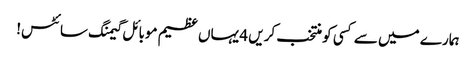
ہمارے میں سے کسی کو منتخب کریں 4 یہاں عظیم موبائل گیمنگ سائٹس!